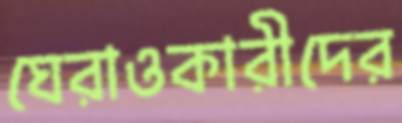
ঘেরাওকারীদের